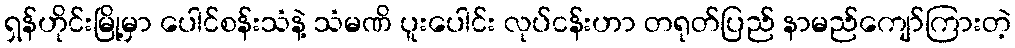
ရှန်ဟိုင်းမြို့မှာ ပေါင်စန်းသံနဲ့ သံမဏိ ပူးပေါင်း လုပ်ငန်းဟာ တရုတ်ပြည် နာမည်ကျော်ကြားတဲ့